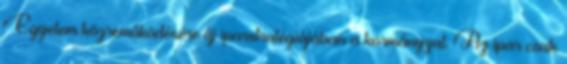
Egyetem közreműködésére új iparstratégiájában a kormányzat. Az ipar csak